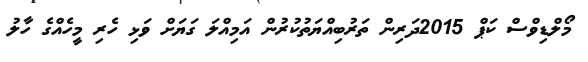
މޯލްޑިވްސް ކަޕް 2015ދަރިން ތަރުބިއްޔަތުކުރުން އަމިއްލަ ގަޔަށް ވަޅި ހެރި މީހެއްގެ ހާލު